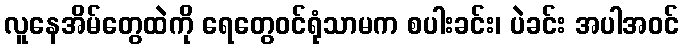
လူနေအိမ်တွေထဲကို ရေတွေဝင်ရုံသာမက စပါးခင်း၊ ပဲခင်း အပါအဝင်